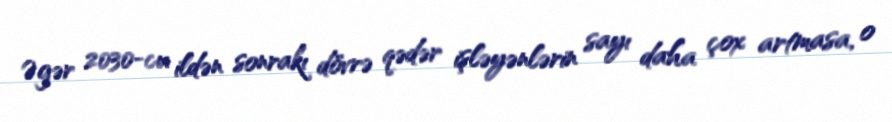
Əgər 2030-cu ildən sonrakı dövrə qədər işləyənlərin sayı daha çox artmasa, o